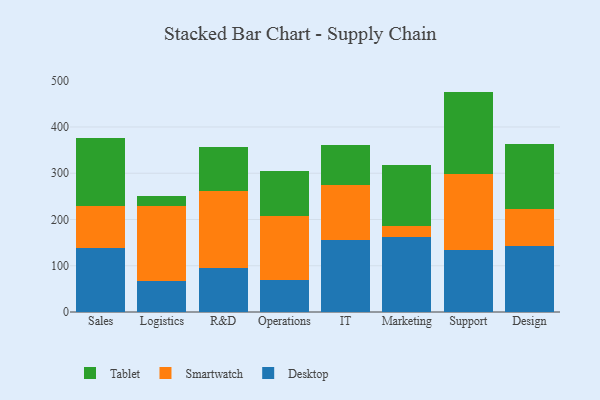
{"axis": {"x": "Department", "y": "Humidity (%)"}, "legend": ["Desktop", "Smartwatch", "Tablet"], "data": [{"x": "Sales", "y": 137.6, "type": "Desktop"}, {"x": "Sales", "y": 92.6, "type": "Smartwatch"}, {"x": "Sales", "y": 146.5, "type": "Tablet"}, {"x": "Logistics", "y": 68.0, "type": "Desktop"}, {"x": "Logistics", "y": 160.3, "type": "Smartwatch"}, {"x": "Logistics", "y": 21.9, "type": "Tablet"}, {"x": "R&D", "y": 95.9, "type": "Desktop"}, {"x": "R&D", "y": 165.3, "type": "Smartwatch"}, {"x": "R&D", "y": 94.8, "type": "Tablet"}, {"x": "Operations", "y": 68.3, "type": "Desktop"}, {"x": "Operations", "y": 140.1, "type": "Smartwatch"}, {"x": "Operations", "y": 96.7, "type": "Tablet"}, {"x": "IT", "y": 155.8, "type": "Desktop"}, {"x": "IT", "y": 119.3, "type": "Smartwatch"}, {"x": "IT", "y": 87.0, "type": "Tablet"}, {"x": "Marketing", "y": 162.3, "type": "Desktop"}, {"x": "Marketing", "y": 24.3, "type": "Smartwatch"}, {"x": "Marketing", "y": 130.5, "type": "Tablet"}, {"x": "Support", "y": 134.4, "type": "Desktop"}, {"x": "Support", "y": 163.3, "type": "Smartwatch"}, {"x": "Support", "y": 178.8, "type": "Tablet"}, {"x": "Design", "y": 142.6, "type": "Desktop"}, {"x": "Design", "y": 79.3, "type": "Smartwatch"}, {"x": "Design", "y": 141.0, "type": "Tablet"}]}